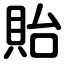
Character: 貽